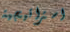
استراتيجية